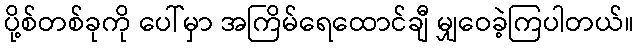
ပို့စ်တစ်ခုကို ပေါ်မှာ အကြိမ်ရေထောင်ချီ မျှဝေခဲ့ကြပါတယ်။